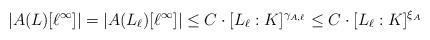
LaTeX: \begin{align*} |A(L)[\ell^\infty]| = |A(L_\ell)[\ell^\infty]| \leq C\cdot [L_\ell:K]^{\gamma_{A,\ell}} \leq C\cdot [L_\ell:K]^{\xi_{A}} \end{align*}